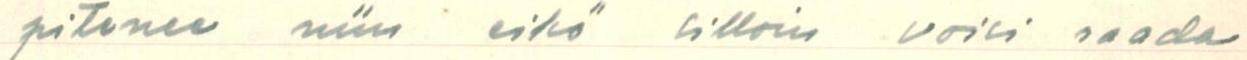
pitenee niin eikö silloin voisi saada